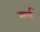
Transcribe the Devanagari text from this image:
मर्ल